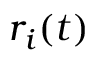
r _ { i } ( t )